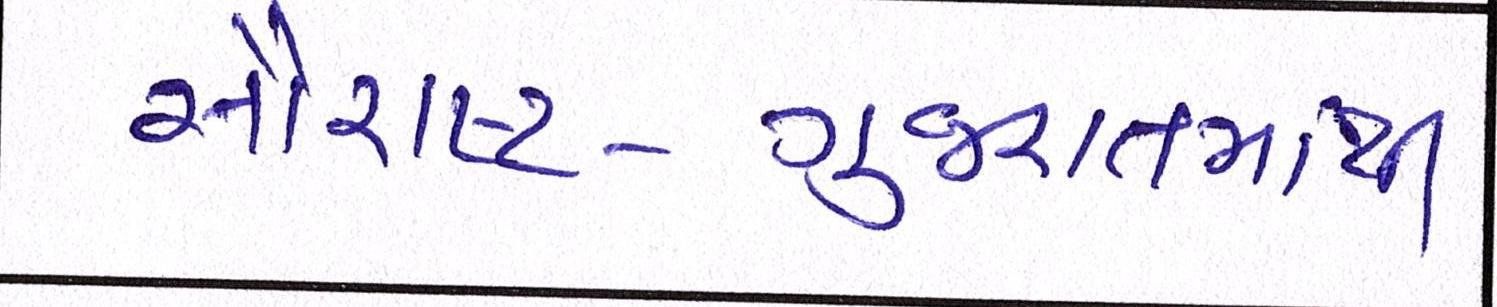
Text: સૌરાષ્ટ્ર-ગુજરાતમાંથી